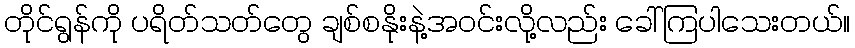
တိုင်ရွန်ကို ပရိတ်သတ်တွေ ချစ်စနိုးနဲ့အဝင်းလို့လည်း ခေါ်ကြပါသေးတယ်။